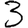
Digit: 3